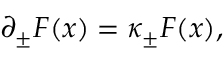
\partial _ { \pm } F ( x ) = \kappa _ { \pm } F ( x ) ,